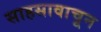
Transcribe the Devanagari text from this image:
साहसावाचून